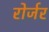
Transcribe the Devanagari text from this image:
रोर्जर